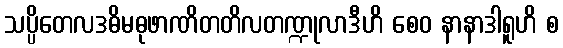
သပ္ပိတေလဒဓိမဓုဖာဏိတတိလတဏ္ဍုလာဒီဟိ စေဝ နာနာဒါရူဟိ စ